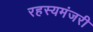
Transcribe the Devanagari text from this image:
रहस्यमंजरी